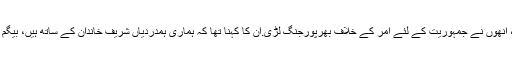
انہوں نے کہا کہ بیگم کلثوم نوازایک نڈرخاتون تھیں، انھوں نے جمہوریت کے لئے آمر کے خلاف بھرپورجنگ لڑی.ان کا کہنا تھا کہ ہماری ہمدردیاں شریف خاندان کے ساتھ ہیں، بیگم کلثوم نےسیاسی زندگی بھی بھرپوراندازمیں گزاری۔